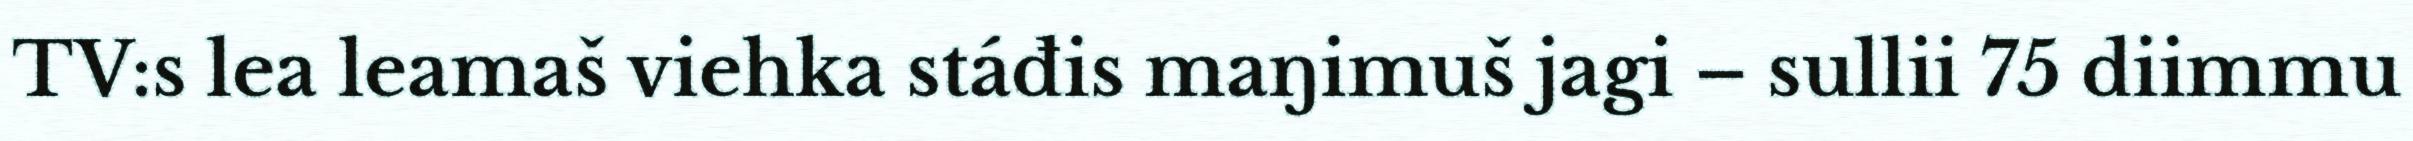
TV:s lea leamaš viehka stáđis maŋimuš jagi – sullii 75 diimmu